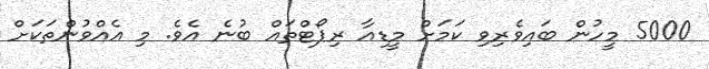
5000 މީހުން ބައިވެރިވި ކަމަށް މީޑިއާ ރިޕޯޓްތައް ބުނެ އެވެ. މި އެއްވުންތަކަށް